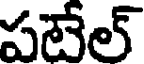
పటేల్